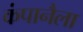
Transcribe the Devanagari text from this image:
कंपानैला